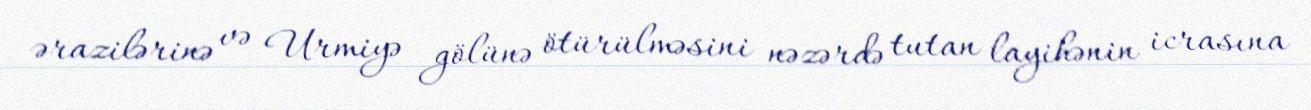
ərazilərinə və Urmiyə gölünə ötürülməsini nəzərdə tutan layihənin icrasına